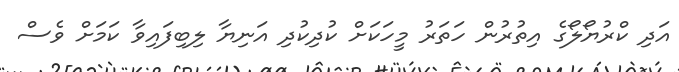
އަދި ކްރުޔޯލޯގެ އިތުރުން ހަތަރު މީހަކަށް ކުދިކުދި އަނިޔާ ލިބިފައިވާ ކަމަށް ވެސް